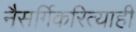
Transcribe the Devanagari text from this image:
नैसर्गिकरित्याही